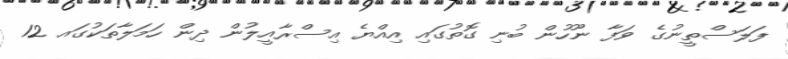
ފަލަސްތީނުގެ ވަފާ ނޫހުން ބުނި ގޮތުގައި އިއްޔެ އިސްރާއީލުން ދިން ހަމަލާތަކުގައ 12